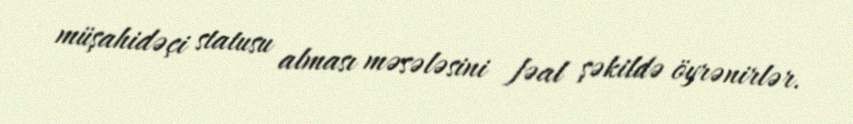
müşahidəçi statusu alması məsələsini fəal şəkildə öyrənirlər.